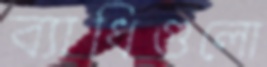
ব্যাধিগুলো